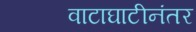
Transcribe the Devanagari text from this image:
वाटाघाटीनंतर